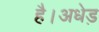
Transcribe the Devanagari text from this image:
है।अधेड़